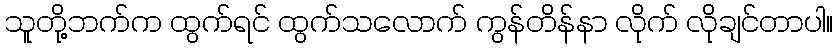
သူတို့ဘက်က ထွက်ရင် ထွက်သလောက် ကွန်တိန်နာ လိုက် လိုချင်တာပါ။